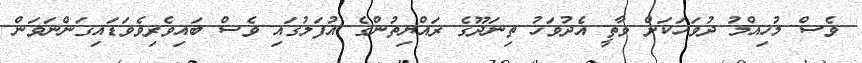
ވެސް މުހިއްމު ދުވަހަކަށް ވާތީ އެދުވަހު ތިނަދޫގެ ރައްޔިތުންގެ އުފަލުގައި ވެސް ބައިވެރިވެވަޑައިގަންނަވަން